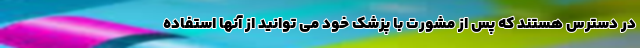
در دسترس هستند که پس از مشورت با پزشک خود می توانید از آنها استفاده